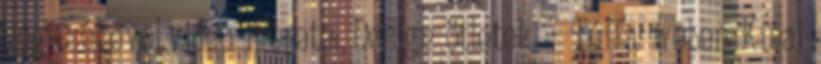
segítségével.videó mérete: Design ötletek – Túl a weben Kínai